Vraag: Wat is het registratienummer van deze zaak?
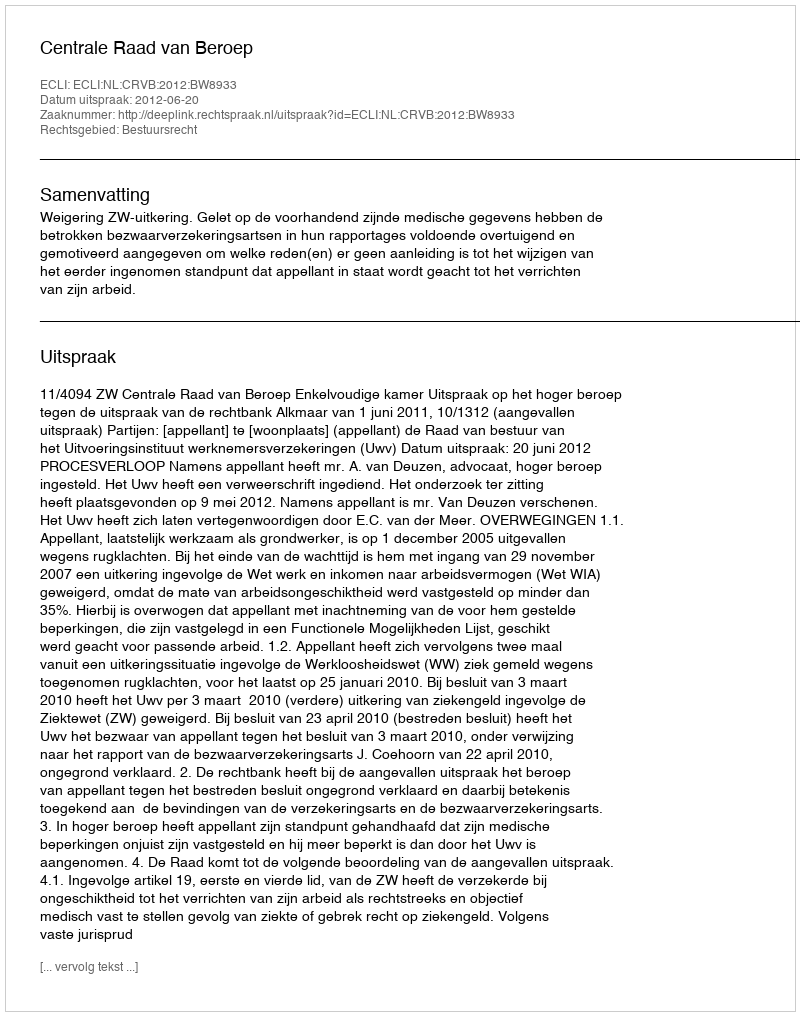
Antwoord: http://deeplink.rechtspraak.nl/uitspraak?id=ECLI:NL:CRVB:2012:BW8933